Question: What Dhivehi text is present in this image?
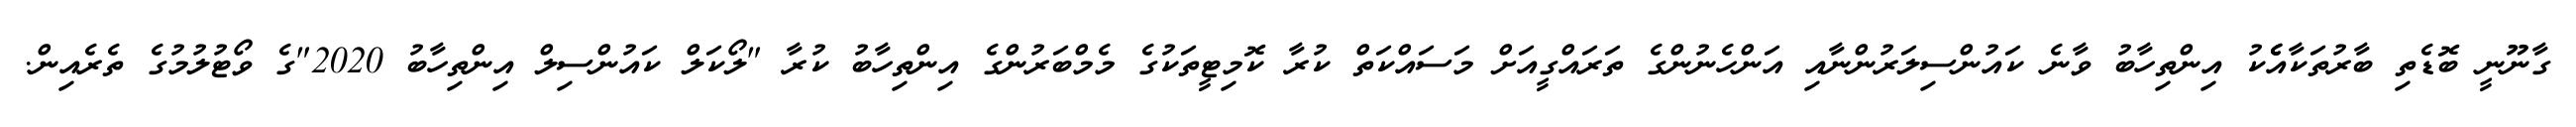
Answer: ގާނޫނީ ބޮޑެތި ބާރުތަކާއެެކު އިންތިހާބު ވާނެ ކައުންސިލަރުންނާއި އަންހެނުންގެ ތަރައްގީއަށް މަސައްކަތް ކުރާ ކޮމިޓީތަކުގެ މެމްބަރުންގެ އިންތިހާބު ކުރާ "ލޯކަލް ކައުންސިލް އިންތިހާބު 2020"ގެ ވޯޓުލުމުގެ ތެރެއިން.